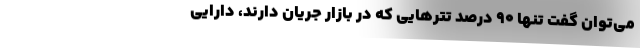
می‌توان گفت تنها ۹۰ درصد تترهایی که در بازار جریان دارند، دارایی